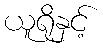
ယူရိုနှင့်